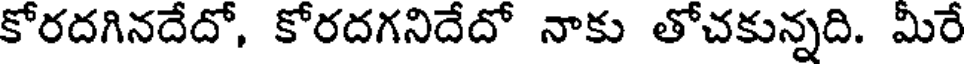
కోరదగినదేదో, కోరదగనిదేదో నాకు తోచకున్నది. మిరే